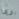
ربما